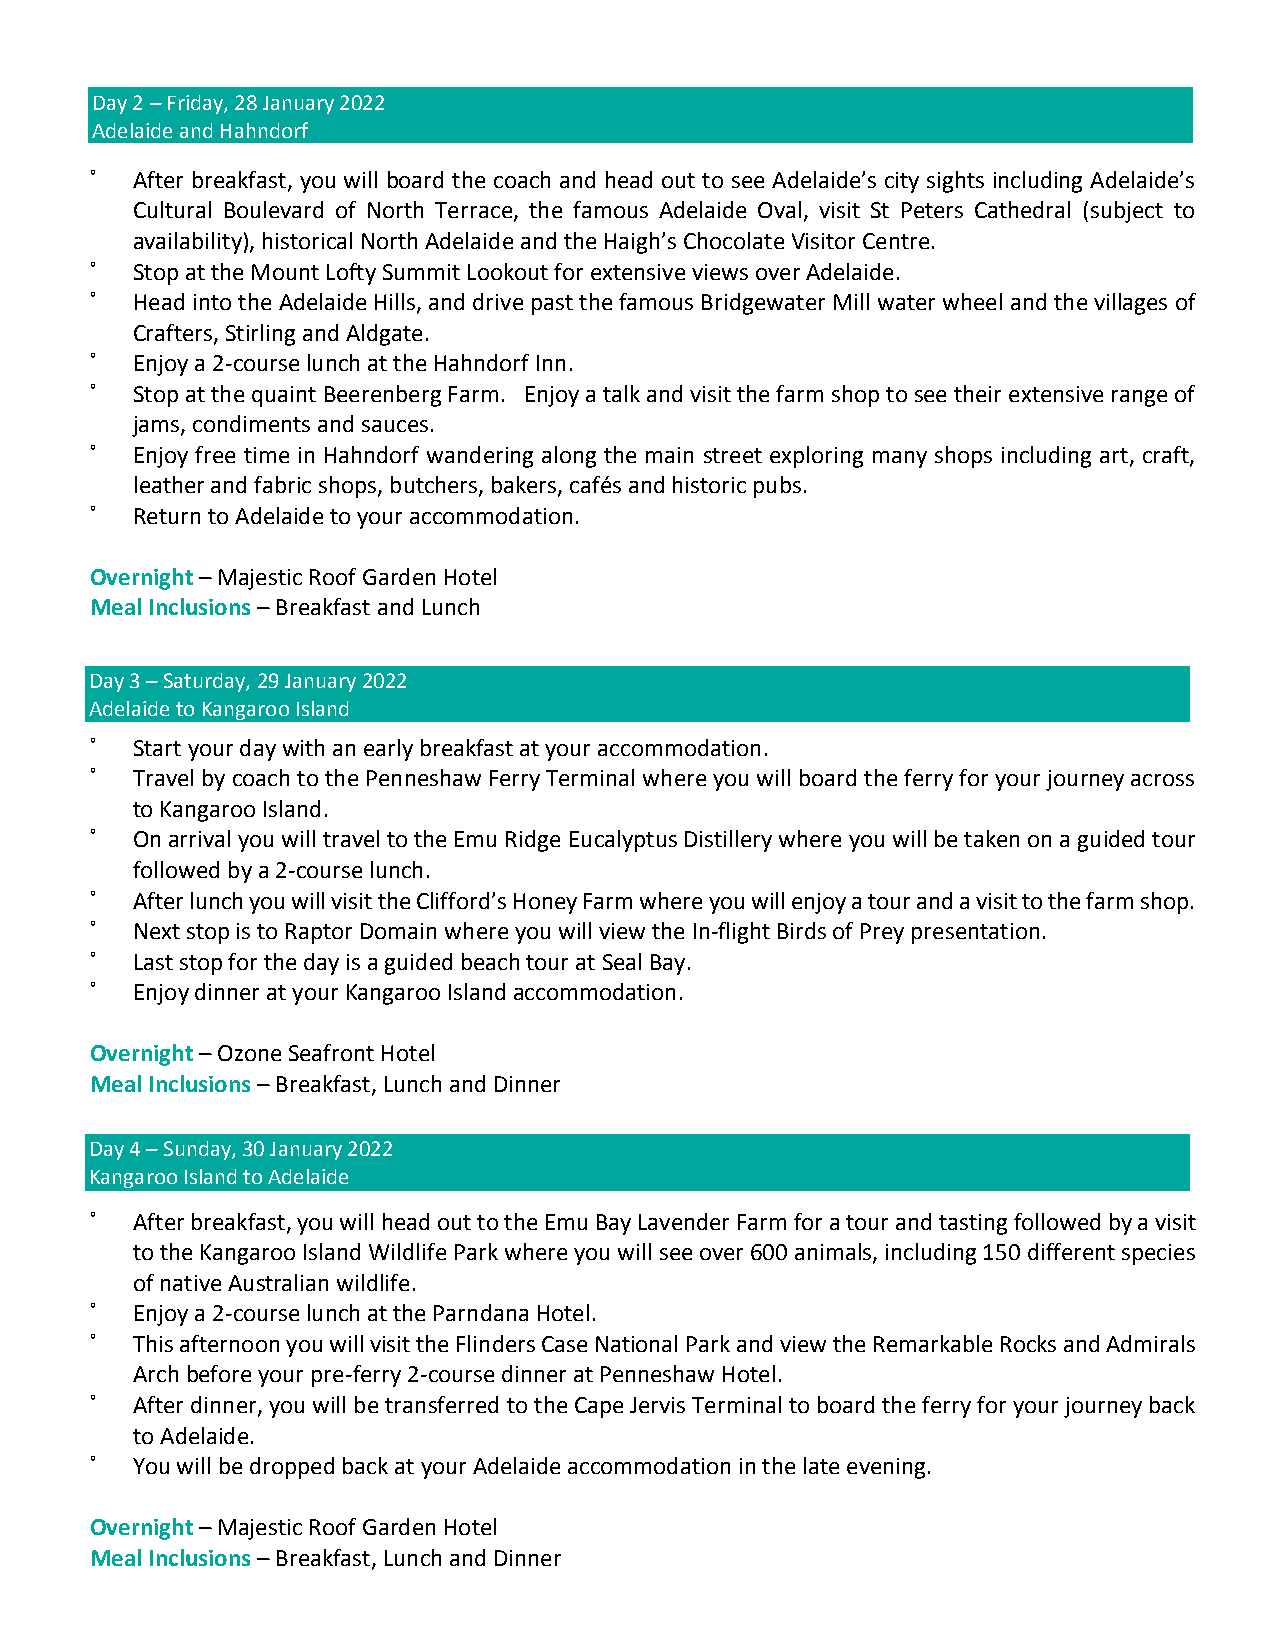
Day 2 – Friday, 28 January 2022
 Adelaide and Hahndorf
 ˚  After breakfast, you will board the coach and head out to see Adelaide’s city sights including Adelaide’s
 Cultural Boulevard of North Terrace, the famous Adelaide Oval, visit St Peters Cathedral (subject to
 availability), historical North Adelaide and the Haigh’s Chocolate Visitor Centre.
 ˚  Stop at the Mount Lofty Summit Lookout for extensive views over Adelaide.
 ˚  Head into the Adelaide Hills, and drive past the famous Bridgewater Mill water wheel and the villages of
 Crafters, Stirling and Aldgate.
 ˚  Enjoy a 2-course lunch at the Hahndorf Inn.
 ˚  Stop at the quaint Beerenberg Farm. Enjoy a talk and visit the farm shop to see their extensive range of
 jams, condiments and sauces.
 ˚  Enjoy free time in Hahndorf wandering along the main street exploring many shops including art, craft,
 leather and fabric shops, butchers, bakers, cafés and historic pubs.
 ˚  Return to Adelaide to your accommodation.
 Overnight – Majestic Roof Garden Hotel
 Meal Inclusions – Breakfast and Lunch
 Day 3 – Saturday, 29 January 2022
 Adelaide to Kangaroo Island
 ˚  Start your day with an early breakfast at your accommodation.
 ˚  Travel by coach to the Penneshaw Ferry Terminal where you will board the ferry for your journey across
 to Kangaroo Island.
 ˚  On arrival you will travel to the Emu Ridge Eucalyptus Distillery where you will be taken on a guided tour
 followed by a 2-course lunch.
 ˚  After lunch you will visit the Clifford’s Honey Farm where you will enjoy a tour and a visit to the farm shop.
 ˚  Next stop is to Raptor Domain where you will view the In-flight Birds of Prey presentation.
 ˚  Last stop for the day is a guided beach tour at Seal Bay.
 ˚  Enjoy dinner at your Kangaroo Island accommodation.
 Overnight – Ozone Seafront Hotel
 Meal Inclusions – Breakfast, Lunch and Dinner
 Day 4 – Sunday, 30 January 2022
 Kangaroo Island to Adelaide
 Overnight Motel Accommodation in Dalwallingu
 ˚  After breakfast, you will head out to the Emu Bay Lavender Farm for a tour and tasting followed by a visit
 to the Kangaroo Island Wildlife Park where you will see over 600 animals, including 150 different species
 of native Australian wildlife.
 ˚  Enjoy a 2-course lunch at the Parndana Hotel.
 ˚  This afternoon you will visit the Flinders Case National Park and view the Remarkable Rocks and Admirals
 Arch before your pre-ferry 2-course dinner at Penneshaw Hotel.
 ˚  After dinner, you will be transferred to the Cape Jervis Terminal to board the ferry for your journey back
 to Adelaide.
 ˚  You will be dropped back at your Adelaide accommodation in the late evening.
 Overnight – Majestic Roof Garden Hotel
 Meal Inclusions – Breakfast, Lunch and Dinner